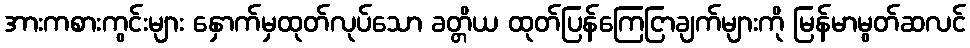
အားကစားကွင်းများ နှောက်မှထုတ်လုပ်သော ခတ္တိယ ထုတ်ပြန်ကြေငြာချက်များကို မြန်မာမွတ်ဆလင်